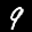
Label: 9